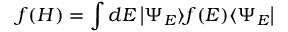
f ( H ) = \int d E \left| \Psi _ { E } \rangle f ( E ) \langle \Psi _ { E } \right|